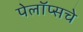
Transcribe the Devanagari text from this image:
पेलॉप्सचे